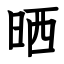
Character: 晒